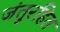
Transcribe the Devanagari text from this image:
जंतुरहित